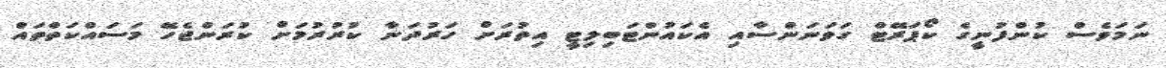
ނަމަވެސް ކުންފުނީގެ ކޯޕަރޭޓް ގަވަނަންސާއި އެކައުންޓަބިލިޓީ އިތުރަށް ހަރުދަނާ ކުރުރުމަށް ކުރަންޖެހޭ މަސައްކަތްތައް